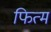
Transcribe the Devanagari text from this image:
फित्म